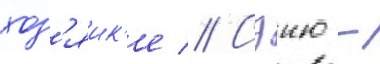
хоз'яик'е // Сэию -